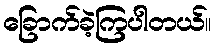
ခြောက်ခဲ့ကြပါတယ်။